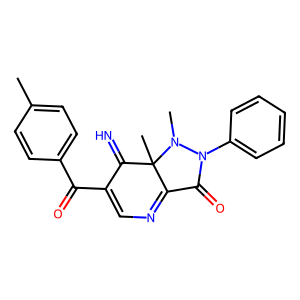
SMILES: Cc1ccc(C(=O)C2=CN=C3C(=O)N(c4ccccc4)N(C)C3(C)C2=N)cc1
Inhibits HIV replication: No